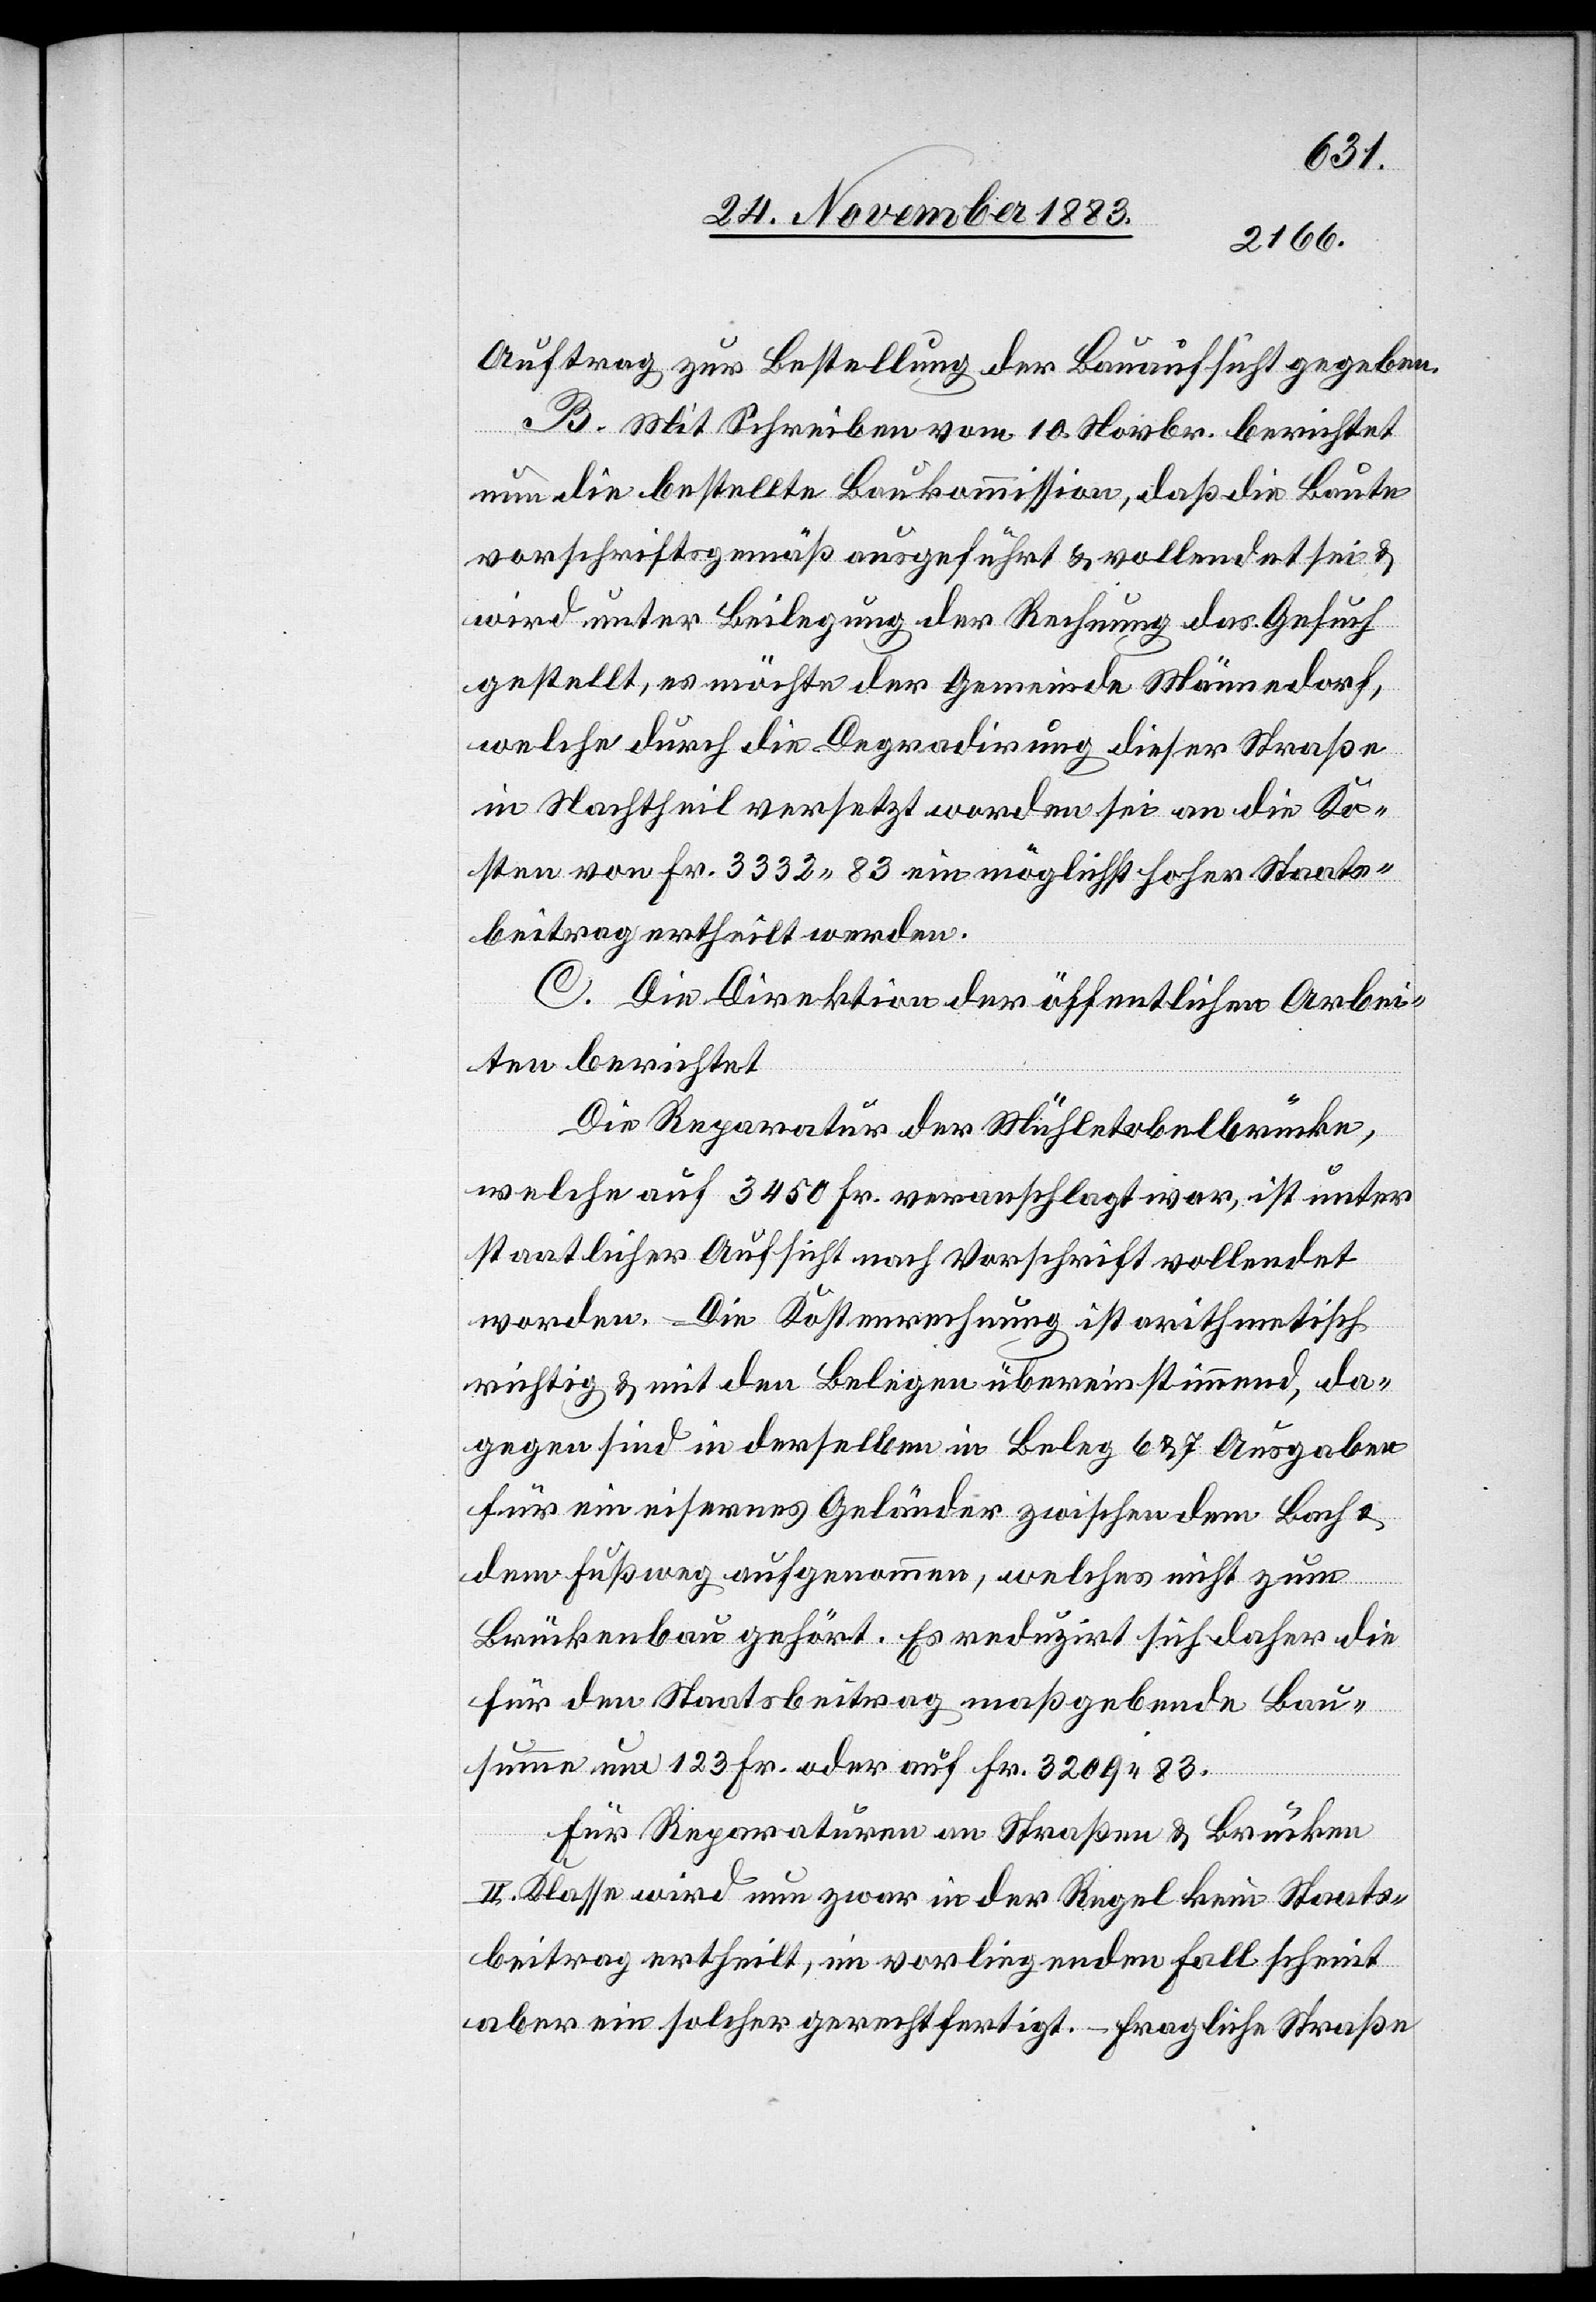
Auftrag zur Bestellung der Bauaufsicht gegeben.
B. Mit Schreiben vom 10. Novbr. berichtet
nun die bestellte Baukommission, daß die Baute
vorschriftsgemäß ausgeführt & vollendet sei &
wird unter Beilegung der Rechnung das Gesuch
gestellt, es möchte der Gemeinde Männedorf,
welche durch die Degradirung dieser Straße
in Nachtheil versetzt worden sei an die Ko¬
sten von Fr. 332 83 ein möglichst hoher Staats¬
beitrag ertheilt werden.
C. Die Direktion der öffentlichen Arbei¬
ten berichtet[:]
Die Reparatur der Mühletobelbrücke,
welche auf 3450 Fr. veranschlagt war, ist unter
staatlicher Aufsicht nach Vorschrift vollendet
worden. Die Kostenrechnung ist arithmetisch
richtig & mit den Belegen übereinstimmend, da¬
gegen sind in derselben in Beleg 6 & 7 Ausgaben
für ein eisernes Geländer zwischen dem Bach &
dem Fußweg aufgenommen, welches nicht zum
Brückenbau gehört. Es reduzirt sich daher die
für den Staatsbeitrag maßgebende Bau¬
summe um 123 Fr. oder auf Fr. 3209 83.
Für Reparaturen an Straßen & Brücken
III. Klasse wird nun zwar in der Regel kein Staats¬
beitrag ertheilt, im vorliegenden Fall scheint
aber ein solcher gerechtfertigt. – Fragliche Straße